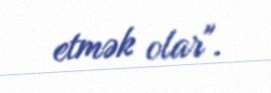
etmək olar".